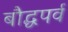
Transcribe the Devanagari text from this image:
बौद्धपर्व